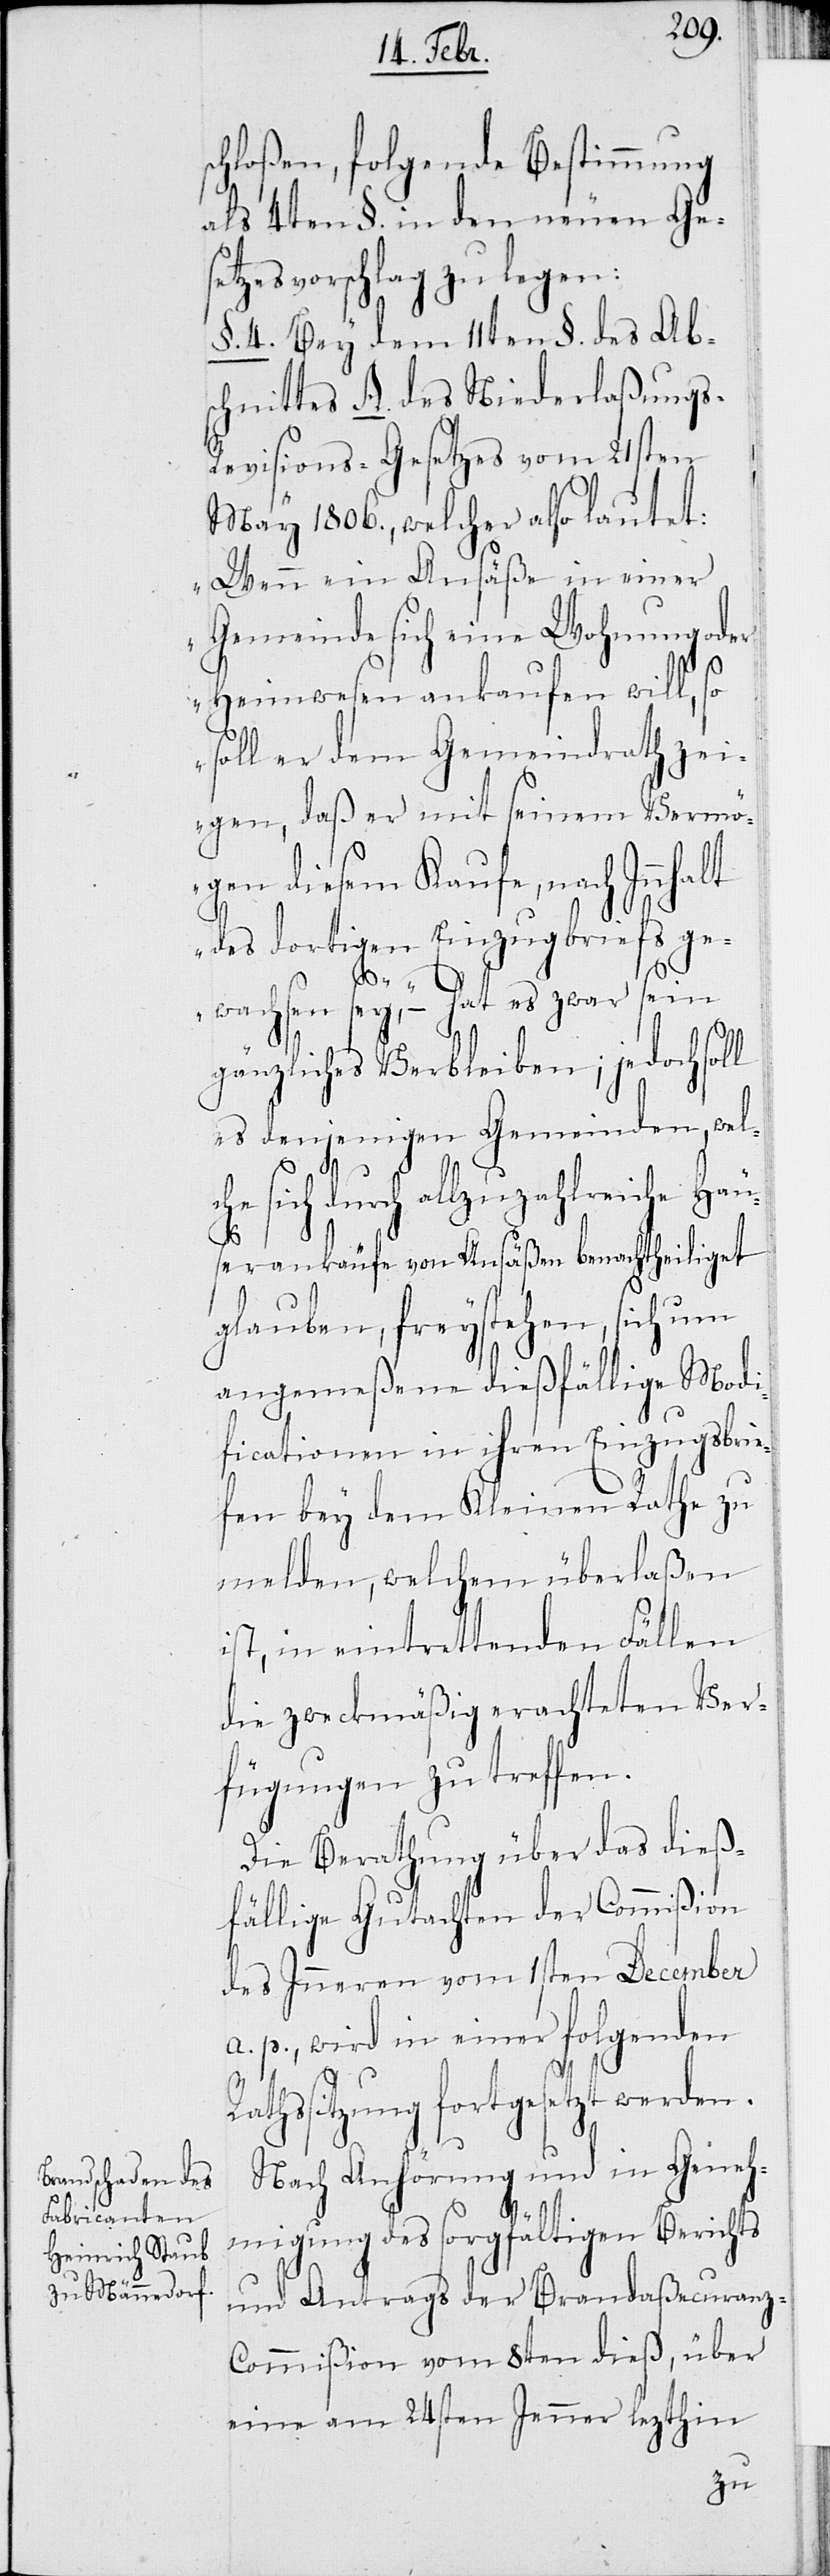
schloßen, folgende Bestimmung
als 4ten §. in den neuen Ges¬
etzesvorschlag zu legen:
§ 4. Bey dem 11ten §. des Abs¬
chnittes A. des Niederlaßung¬
s-Revisions-Gesetzes vom 21sten
März 1806., welcher also lautet:
„Wenn ein Ansäße in einer
Gemeinde sich eine Wohnung oder
Heimwesen ankaufen will, so
soll er dem Gemeinderath zei¬
gen, daß er mit seinem Vermö¬
gen diesem Kaufe, nach Inhalt
des dortigen Einzugbriefs ge¬
R¬
wachsen sey“, – hat es zwar sein
gänzliches Verbleiben; jedoch soll
es denjenigen Gemeinden, welc¬
he sich durch allzuzahlreiche Häu¬
serankäufe von Ansäßen benachtheiliget
glauben, freystehen, sich um
angemeßene dießfällige Modi¬
ficationen in ihren Einzugsbrie¬
fen bey dem Kleinen Rathe zu
melden, welchem überlaßen
ist, in eintrettenden Fällen
die zweckmäßig erachteten Ver¬
fügungen zu treffen.
Die Berathung über das dieß¬
fällige Gutachten der Commißion
des Inneren vom 1sten December
a. p., wird in einer folgenden
athssitzung fortgesetzt werden.
Nach Anhörung und in Geneh¬
migung des sorgfältigen Berichts
und Antrags der Brandaßecuranz-C¬
ommißion von 8ten dieß, über
eine am 24sten Jenner lezthin